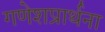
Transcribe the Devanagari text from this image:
गणेशप्रार्थना